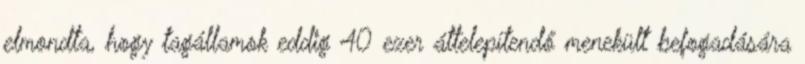
elmondta, hogy tagállamok eddig 40 ezer áttelepítendő menekült befogadására